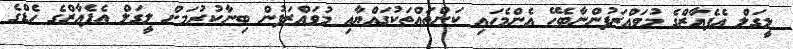
ލީގަލް އެފެއާޒްގެ މުވައްޒަފުންނާބެހޭ އެންމެހައި ކަންތައްތަކުގައްޔާއި މުވައްޒަފުން ބިނާކުރުމަށް ލީގަލް އެފެއާޒްގެ ހެޑްގެ